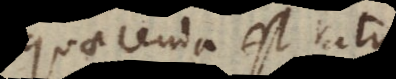
quaerenda est ratio